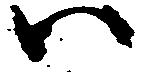
ハ